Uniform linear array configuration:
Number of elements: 8
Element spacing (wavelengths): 0.25
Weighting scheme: kaiser
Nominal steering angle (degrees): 15
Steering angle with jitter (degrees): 14.539
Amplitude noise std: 0.05
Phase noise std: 0.05

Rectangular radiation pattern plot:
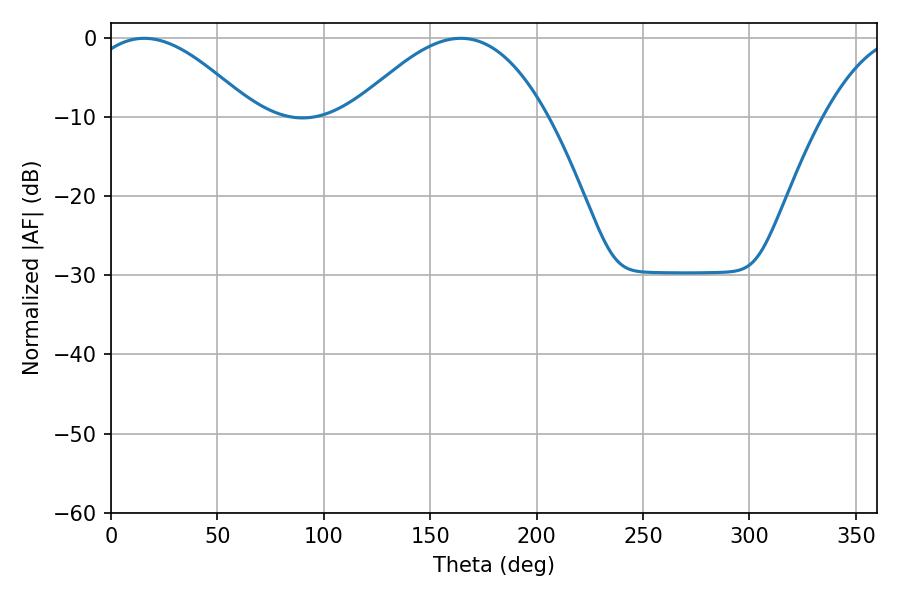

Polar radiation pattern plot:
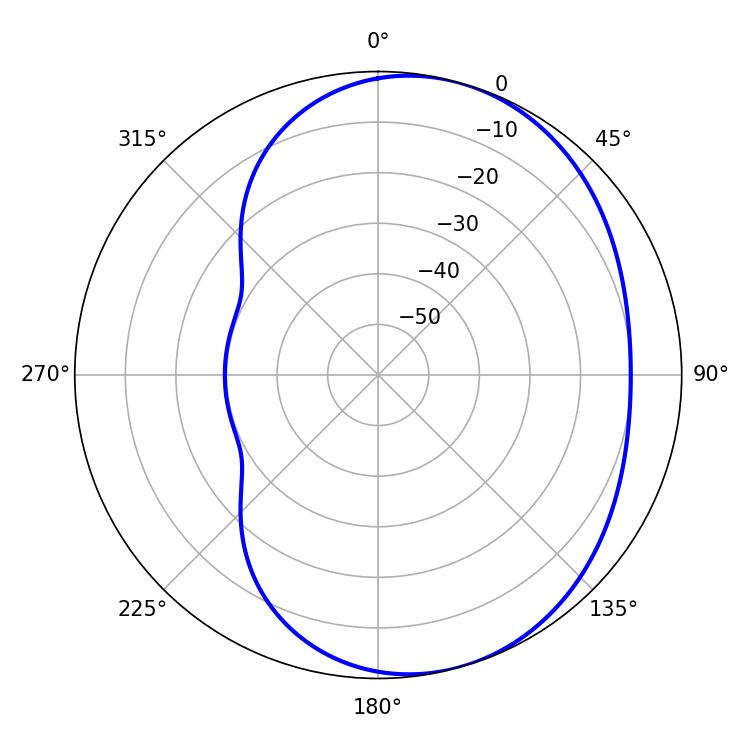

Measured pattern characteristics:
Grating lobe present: FALSE
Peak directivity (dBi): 4.972
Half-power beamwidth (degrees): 42.3
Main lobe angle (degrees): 15.66